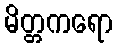
မိတ္တကရော